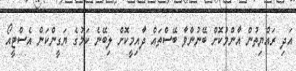
އަދި ރައްޔިތުން އާންމުކޮށް ބޭނުންވާ ބޭސްތައް ދާއިމީކޮށް ލިބޭނެ ކަމުގެ ޔަގީންކަން އެސްޓީއޯ